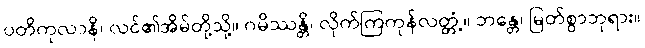
ပတိကုလာနိ၊ လင်၏အိမ်တို့သို့။ ဂမိဿန္တိ၊ လိုက်ကြကုန်လတ္တံ့။ ဘန္တေ၊ မြတ်စွာဘုရား။